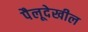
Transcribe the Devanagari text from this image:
पैलूदेखील